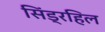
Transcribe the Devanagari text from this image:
सिंड्रहिल